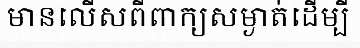
មានលើសពីពាក្យសម្ងាត់ដើម្បី